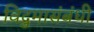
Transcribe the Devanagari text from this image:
विद्रुमासंबंधी